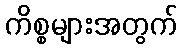
ကိစ္စများအတွက်